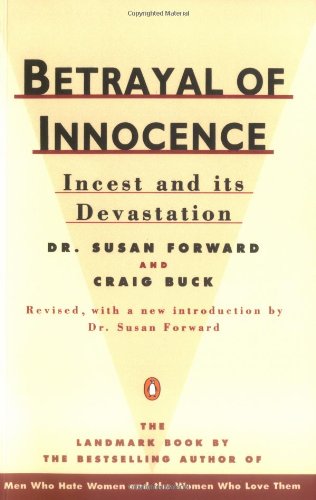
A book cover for Betrayal of Innocence: Incest and Its Devastation; Revised Edition; Susan Forward; Politics & Social Sciences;